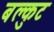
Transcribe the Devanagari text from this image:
बल्कुट